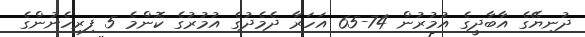
ދުނިޔޭގެ އާބާދީގެ އުމުރުން 74-65 އަހަރާ ދެމެދުގެ އުމުރުގެ ކޮންމެ 5 ފިރިހެނުންގެ